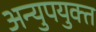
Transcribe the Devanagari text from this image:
अन्युपयुक्त